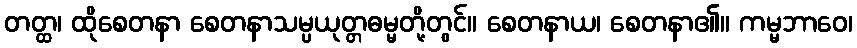
တတ္ထ၊ ထိုစေတနာ စေတနာသမ္ပယုတ္တဓမ္မတို့တွင်။ စေတနာယ၊ စေတနာ၏။ ကမ္မဘာဝေ၊